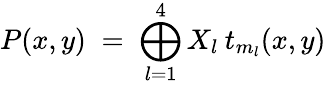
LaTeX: P(x,y)\; =\; \bigoplus_{l=1}^{4}X_{l}\: t_{m_{l}}(x,y)